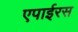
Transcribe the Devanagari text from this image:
एपाईरस